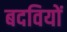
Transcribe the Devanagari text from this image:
बदवियों